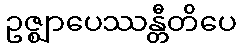
ဥဇ္ဈာပေဿန္တီတိပေ